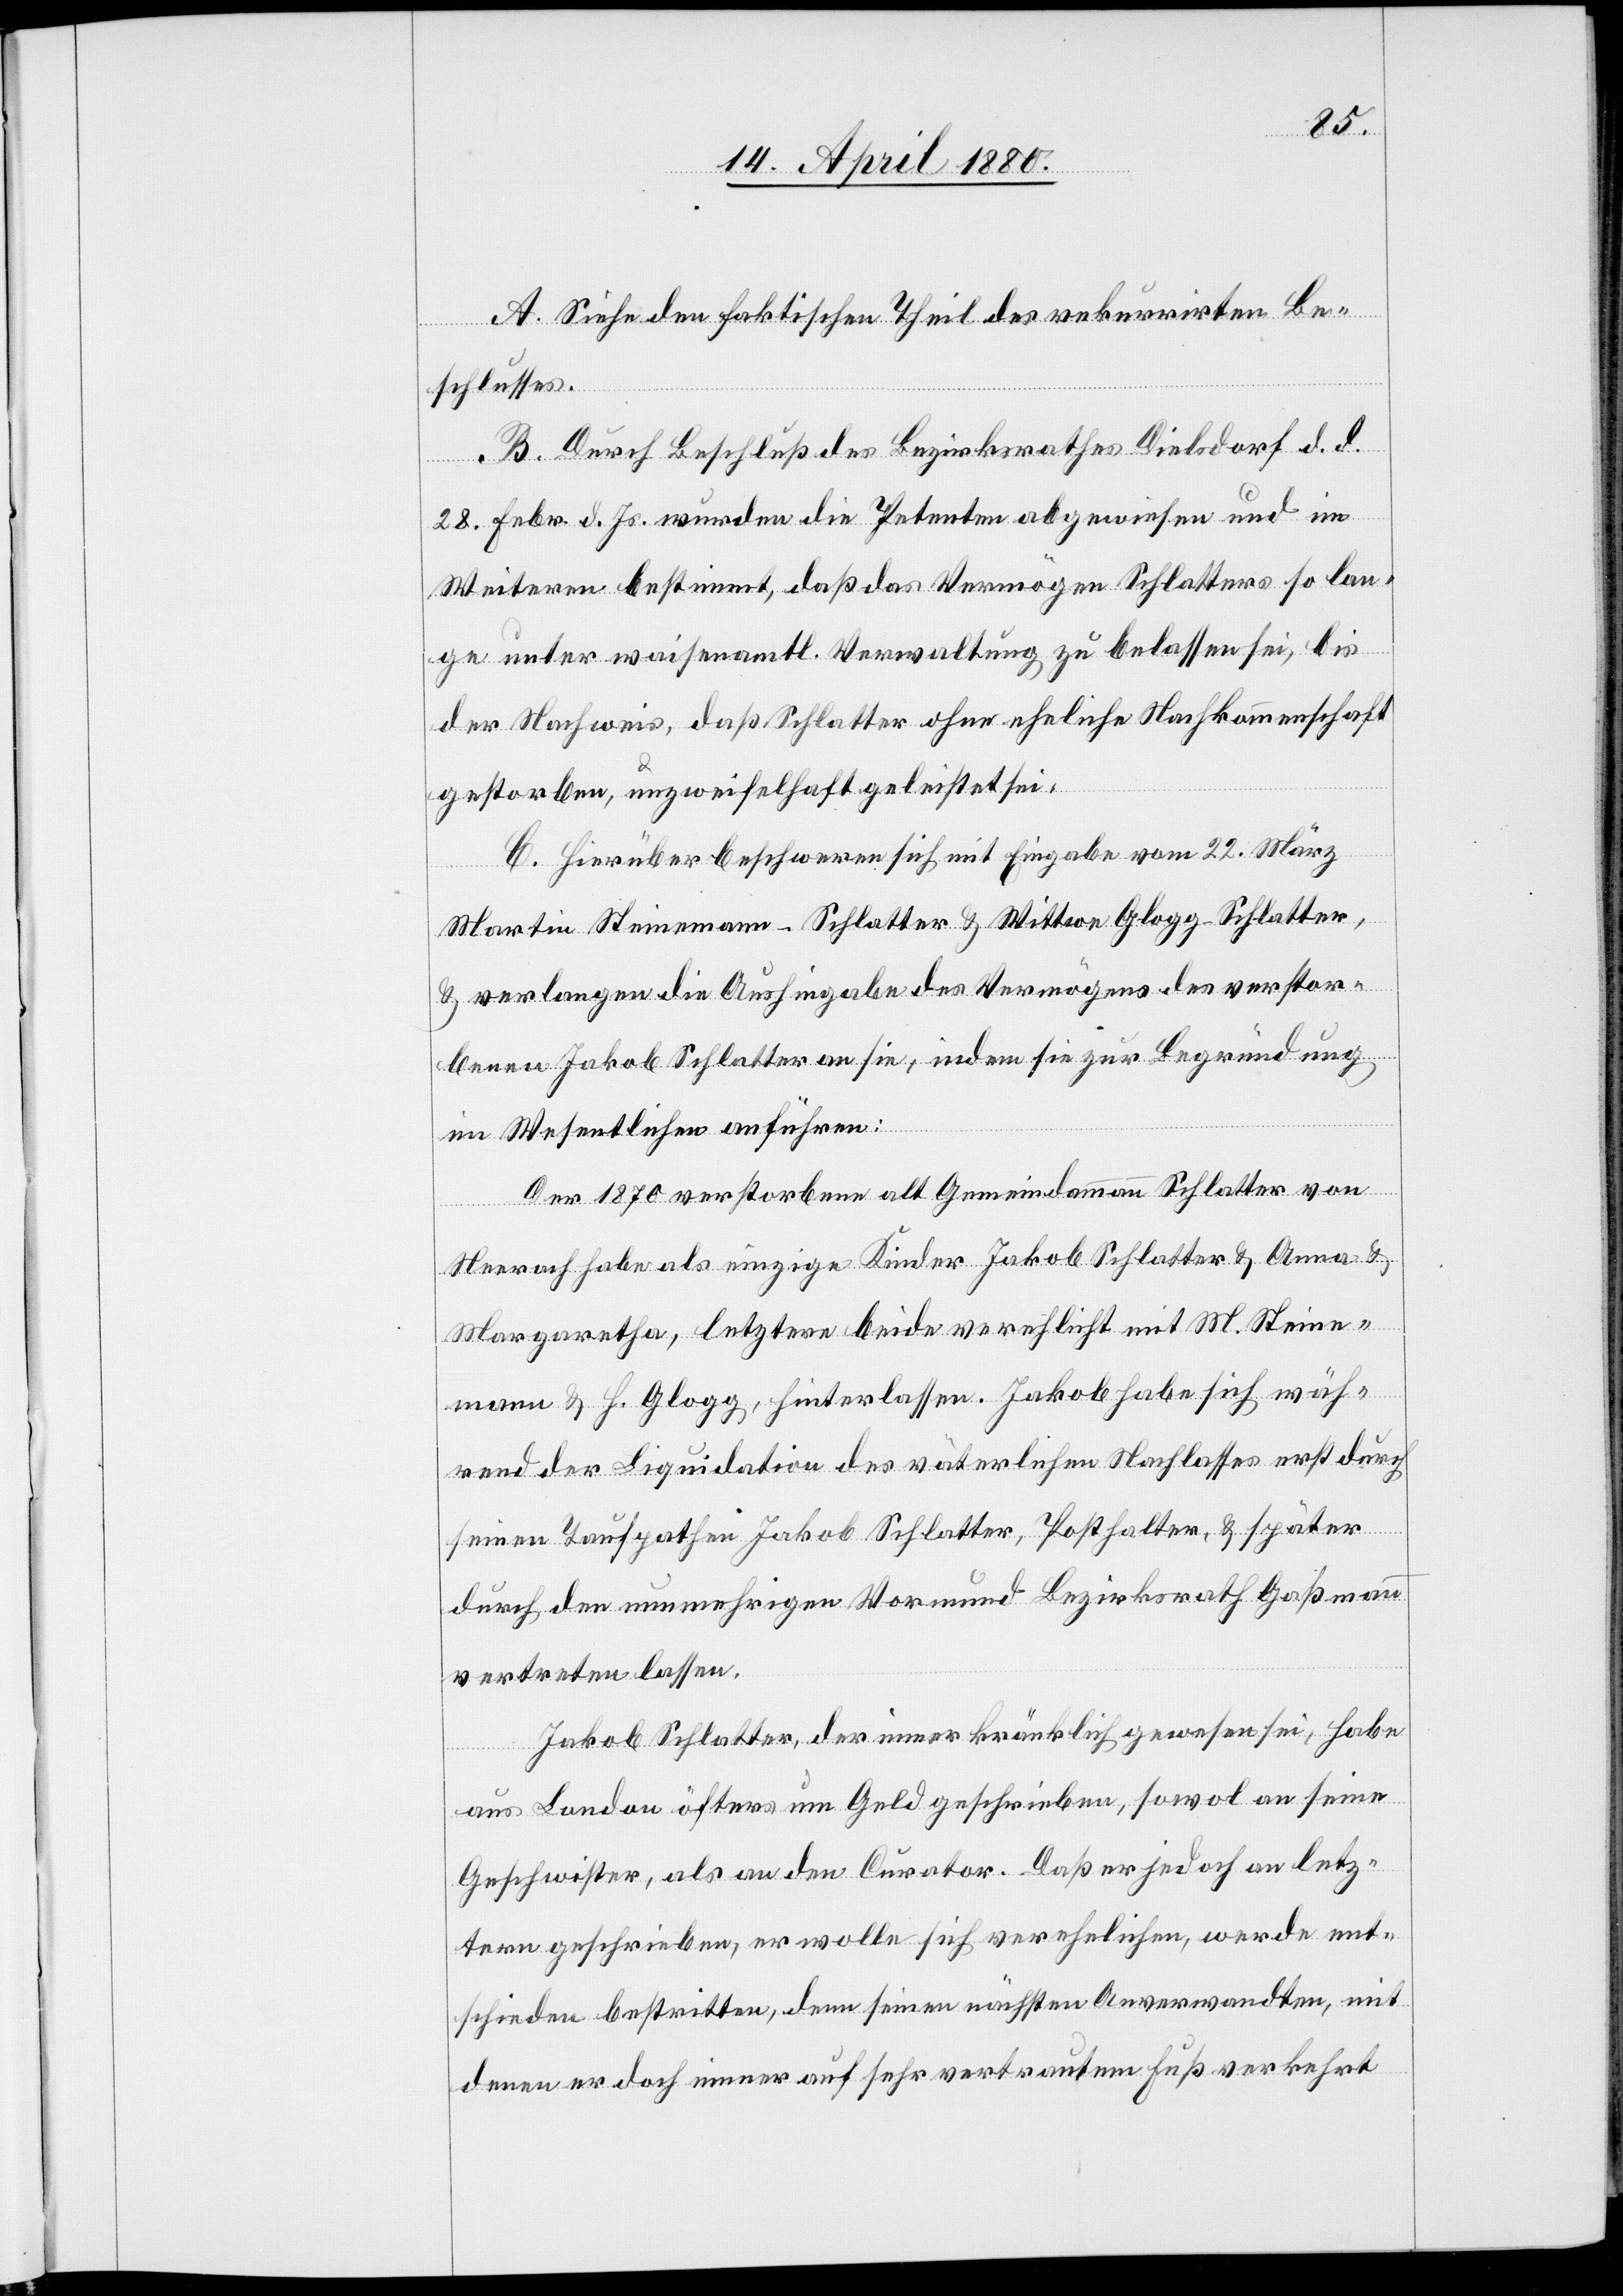
A. Siehe den faktischen Theil des rekurrirten Be¬
schlusses.
B. Durch Beschluß des Bezirksrathes Dielsdorf d. d.
28. Febr. d. Js. wurden die Petenten abgewiesen und im
Weitern bestimmt, daß das Vermögen Schlatters so lan¬
ge unter waisenamtl. Verwaltung zu belassen sei, bis
der Nachweis, daß Schlatter ohne eheliche Nachkommenschaft
gestorben, unzweifelhaft geleistet sei.
C. Hierüber beschweren sich mit Eingabe vom 22. März
Martin Steinemann-Schlatter & Wittwe Glogg-Schlatter,
& verlangen die Aushingabe des Vermögens des verstor¬
benen Jakob Schlatter an sie, indem sie zur Begründung
im Wesentlichen anführen:
Der 1870 verstorbene alt Gemeindammann Schlatter von
Neerach habe als einzige Kinder Jakob Schlatter & Anna &
Margaretha, letztere beide verehlicht mit M. Steine¬
mann & H. Glogg, hinterlassen. Jakob habe sich wäh¬
rend der Liquidation des väterlichen Nachlasses erst durch
seinen Taufpathen Jakob Schlatter, Posthalter, & später
durch den nunmehrigen Vormund Bezirksrath Gaßmann
vertreten lassen.
Jakob Schlatter, der immer kränklich gewesen sei, habe
aus London öfters um Geld geschrieben, sowol an seine
Geschwister, als an den Curator. Daß er jedoch an letz¬
tern geschrieben, er wolle sich verehelichen, werde ent¬
schieden bestritten, denn seinen nächsten Anverwandten, mit
denen er doch immer auf sehr vertrautem Fuß verkehrt